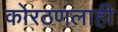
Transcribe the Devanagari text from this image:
कोरठणलाही